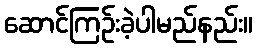
ဆောင်ကြဉ်းခဲ့ပါမည်နည်း။